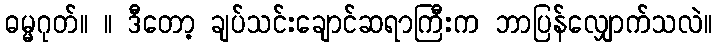
ဓမ္မဂုတ်။ ။ ဒီတော့ ချပ်သင်းချောင်ဆရာကြီးက ဘာပြန်လျှောက်သလဲ။